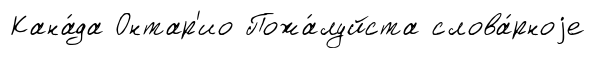
Кана́да Онтар'ио Пожа́луйста слова́рноjе